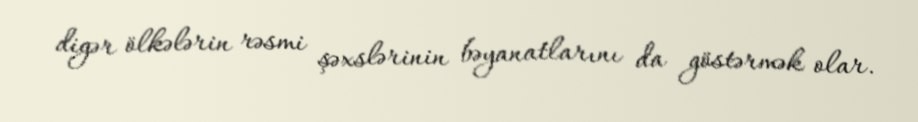
digər ölkələrin rəsmi şəxslərinin bəyanatlarını da göstərmək olar.